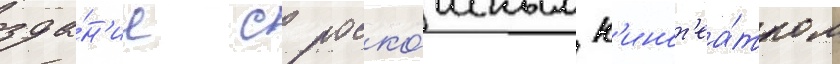
зда́н'ие с роско́шным к'инот'еа́тром